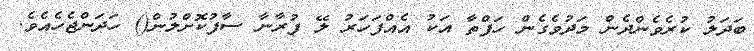
ބަދަލު ކުރެވެންދެން މަދުވެގެން ހަފްތާ އަކު އެއްފަހަރު ލޭ ފުރާނާ ސާފުކޮށްލުން() ހަދަންޖެހެއެވެ.